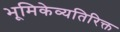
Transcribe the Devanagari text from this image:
भूमिकेव्यतिरिक्त